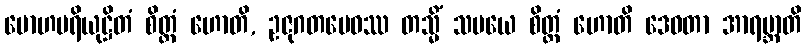
မောဟပရိယုဋ္ဌိတံ စိတ္တံ ဟောတိ, ဥဇုဂတမေဝဿ တသ္မိံ သမယေ စိတ္တံ ဟောတိ ဒေဝတာ အာရဗ္ဘာတိ